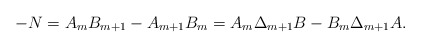
\begin{align*} -N= A_mB_{m+1}-A_{m+1}B_m=A_m\Delta_{m+1}B-B_m\Delta_{m+1}A.\end{align*}